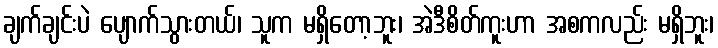
ချက်ချင်းပဲ ပျောက်သွားတယ်၊ သူက မရှိတော့ဘူး၊ အဲဒီစိတ်ကူးဟာ အစကလည်း မရှိဘူး၊